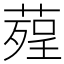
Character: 𦹠